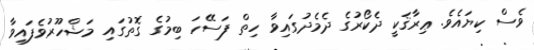
ވެސް ކިޔައެވެ. ޢިރާޤަކީ ދެކޯރުގެ ދެމެދުގައިވާ ހިތް ފަސޭހަ ބިމުގެ ގޮތުގައި މަޝްހޫރުވެފައިވާ